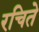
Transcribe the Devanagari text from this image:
रचिते